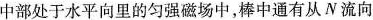
中部处于水平向里的匀强磁场中，棒中通有从N流向